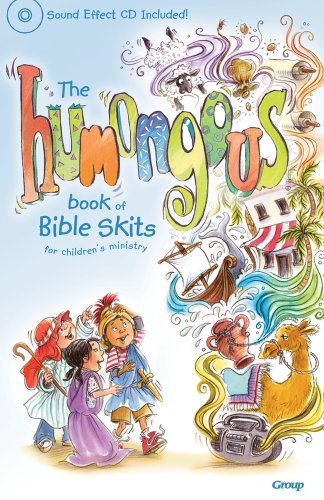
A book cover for The Humongous Book of Bible Skits for Children's Ministry; Group Publishing; Christian Books & Bibles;